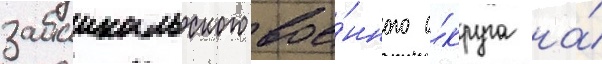
забаикальского вое́нного о́круга на́